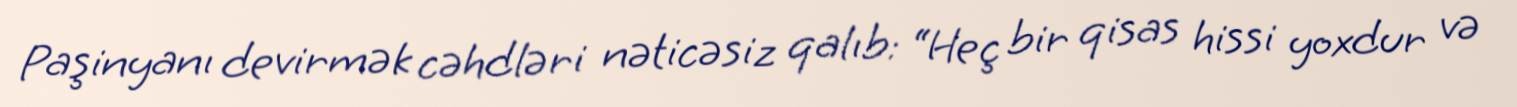
Paşinyanı devirmək cəhdləri nəticəsiz qalıb: “Heç bir qisas hissi yoxdur və